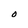
Character: O